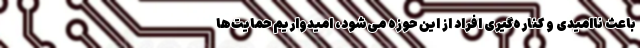
باعث ناامیدی و کناره‌گیری افراد از این حوزه می‌شود، امیدواریم حمایت‌ها